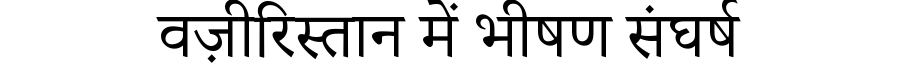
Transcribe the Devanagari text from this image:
वज़ीरिस्तान में भीषण संघर्ष